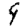
Digit: 9